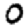
Digit: 0